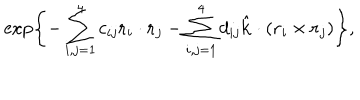
\exp \left\{ - \sum _ { i , j = 1 } ^ { 4 } c _ { i j } \mathrm { \bf r } _ { i } \cdot \mathrm { \bf r } _ { j } - \sum _ { i , j = 1 } ^ { 4 } d _ { i j } \hat { \mathrm { \bf k } } \cdot ( \mathrm { \bf r } _ { i } \times \mathrm { \bf r } _ { j } ) \right\} ,